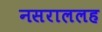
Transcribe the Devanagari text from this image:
नसराललह